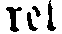
ret